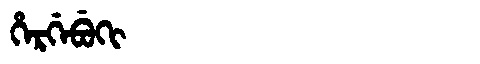
Manchu: ᡥᡝᡵᡤᡝᠪᡠᡴᡳ
Romanization: HERGEBUKI